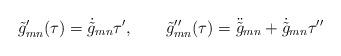
LaTeX: \begin{align*}\tilde{g}'_{mn}(\tau) = \dot{\tilde{g}}_{mn} \tau',\qquad\tilde{g}''_{mn} (\tau) = \ddot{\tilde{g}}_{mn} + \dot{\tilde{g}}_{mn}\tau''\end{align*}